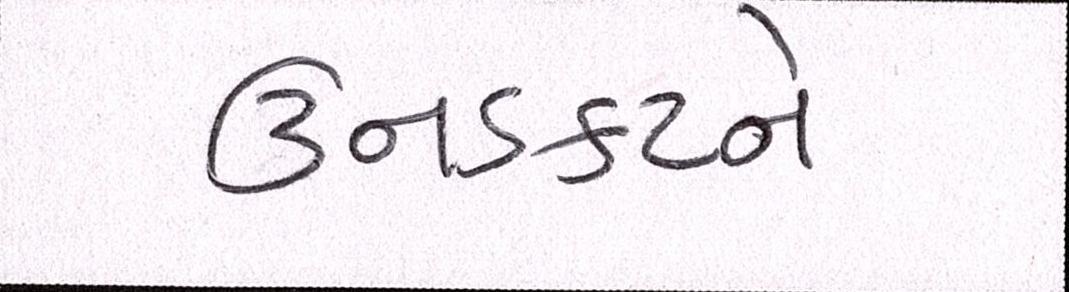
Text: ઉનડકટને